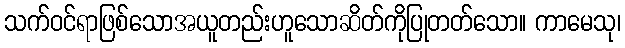
သက်ဝင်ရာဖြစ်သောအယူတည်းဟူသောဆိတ်ကိုပြုတတ်သော။ ကာမေသု၊